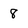
Character: 8